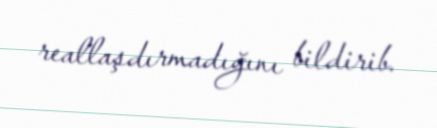
reallaşdırmadığını bildirib.